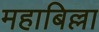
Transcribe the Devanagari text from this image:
महाबिल्ला